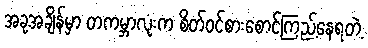
အခုအချိန်မှာ တကမ္ဘာလုံးက စိတ်ဝင်စားစောင့်ကြည့်နေရတဲ့